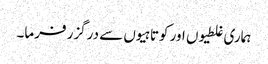
ہماری غلطیوں اور کوتاہیوں سے درگزر فرما۔